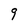
Character: 9